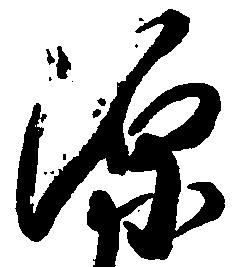
源